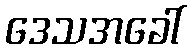
ဒေသအခေါ်